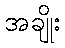
အချိုး